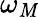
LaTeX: \omega_{\mathit{M}}